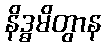
နိဒ္ဓမိတွာန